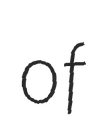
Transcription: of